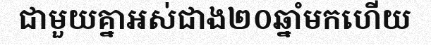
ជាមួយគ្នាអស់ជាង២០ឆ្នាំមកហើយ